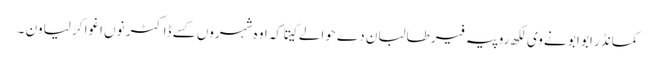
کمانڈر ابو ابو نے وی لکھ روپیہ فیر طالبان دے حوالے کیتا کہ اوہ شہروں کسے ڈاکٹر نوں اغوا کر لیاون ۔